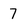
Character: 7